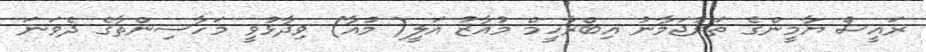
ރައީސް ޔާމީންގެ ތަރުޖަމާނު އިބްރާހީމް މުއާޒު އަލީ( މުއާ) ވިދާޅުވީ މަހާސިންތާގެ ދެވަނަ